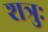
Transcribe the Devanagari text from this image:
शत्रुः